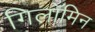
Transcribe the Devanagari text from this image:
गिलॉमिन